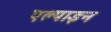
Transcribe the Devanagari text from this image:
एल्‍पाइन